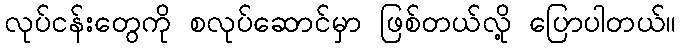
လုပ်ငန်းတွေကို စလုပ်ဆောင်မှာ ဖြစ်တယ်လို့ ပြောပါတယ်။